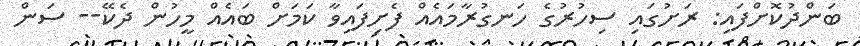
ބަންދުކޮށްފައި: ރަށުގައި ސިހުރުގެ ހަނގުރާމައެއް ފެށިފައިވާ ކަމަށް ބައެއް މީހުން ދެކޭ-- ސަން